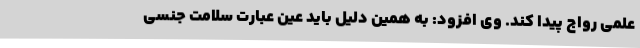
علمی رواج پیدا کند. وی افزود: به همین دلیل باید عین عبارت سلامت جنسی